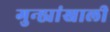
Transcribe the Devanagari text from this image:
गुन्ह्यांखाली